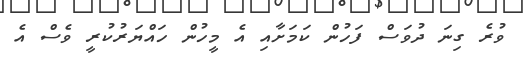
ވުރެ ގިނަ ދުވަސް ފަހުން ކަމަށާއި އެ މީހުން ހައްޔަރުކުރީ ވެސް އެ